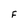
Character: F